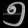
Digit: ၅